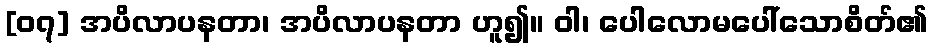
[၀၇] အပိလာပနတာ၊ အပိလာပနတာ ဟူ၍။ ဝါ၊ ပေါလောမပေါ်သောစိတ်၏